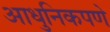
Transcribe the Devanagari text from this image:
आधुनिकपणे